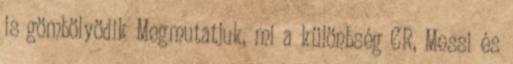
is gömbölyödik Megmutatjuk, mi a különbség CR, Messi és